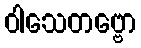
ဝါသေတဗ္ဗော